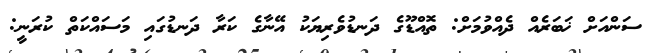
ސަންއަށް ޚަބަރެއް ދެއްވުމަށް: ތޮއްޑޫގެ ދަނޑުވެރިޔަކު އޭނާގެ ކަރާ ދަނޑުގައި މަސައްކަތް ކުރަނީ: